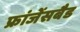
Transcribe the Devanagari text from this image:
फ्रांजेंसबैड